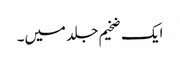
ایک ضخیم جلد میں۔